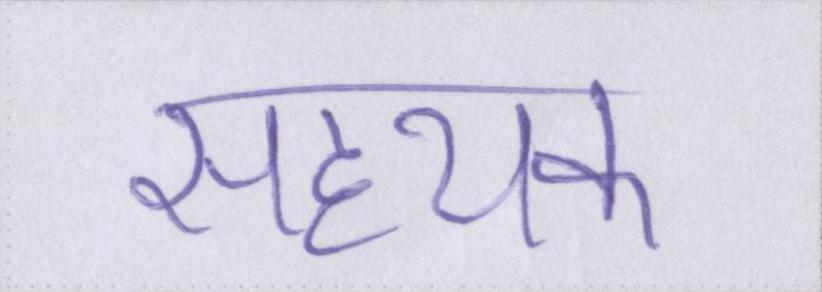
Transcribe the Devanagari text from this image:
सहयक